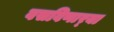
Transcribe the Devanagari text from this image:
वसविणार्‍या